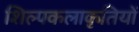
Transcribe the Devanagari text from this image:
शिल्पकलाकृतियों